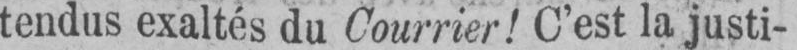
tendus exaltés du Courrier! C’est la justi-